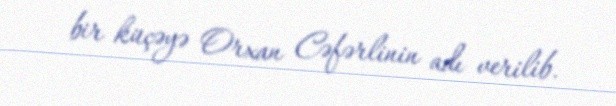
bir küçəyə Orxan Cəfərlinin adı verilib.